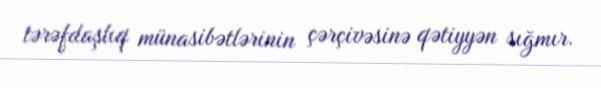
tərəfdaşlıq münasibətlərinin çərçivəsinə qətiyyən sığmır.